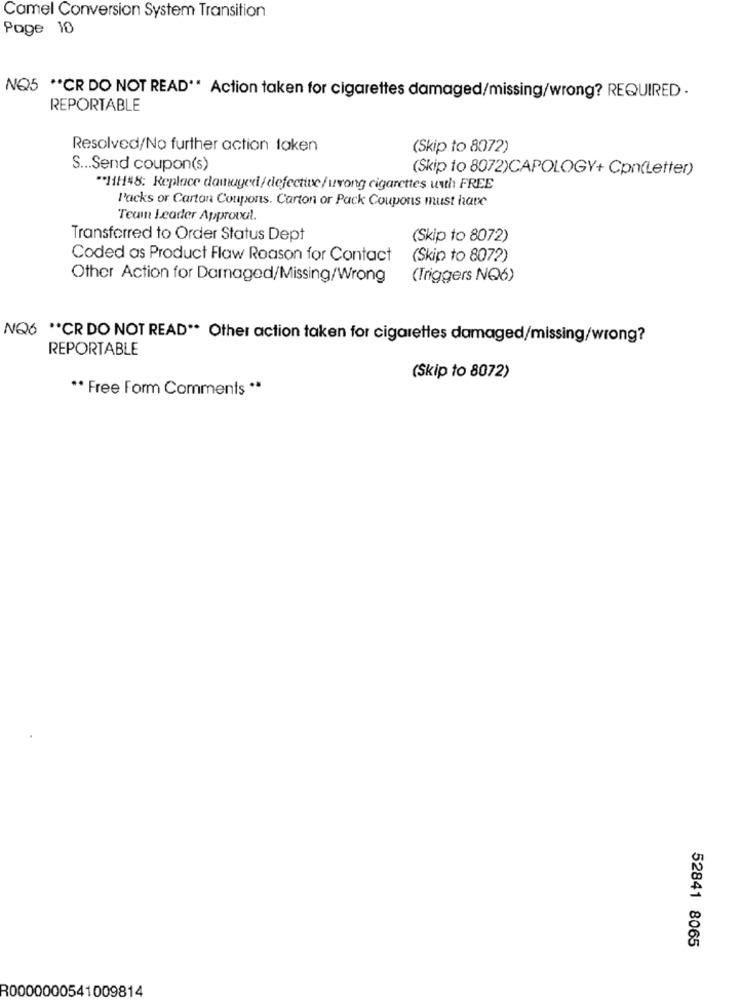
Camel Conversion System Transition
Page 10
NO5 ** CR DO NOT READ" Action taken for cigarettes damaged/missing/wrong? REQUIRED .
REPORTABLE
Resolved/No further action taken
(Skip to 8072)
S ... Send coupon(s)
(Skip to 8072)CAPOLOGY+ Cpn(Letter)
"11H48: Replace damaged/ defective/wrong cigarettes unth FREE
Packs or Carton Coupons. Carton or Pack Coupons must have
Team Leader Approval.
Transferred to Order Status Dept
(Skip to 8072)
Coded as Product Flaw Reason for Contact
(Skip to 8072)
Other Action for Darnaged/Missing/Wrong
(Triggers NQ6)
NQ6 ** CR DO NOT READ ** Other action taken for cigarettes damaged/missing/wrong?
REPORTABLE
(Skip to 8072)
** Free Form Comments **
52841 8065
R0000000541009814